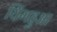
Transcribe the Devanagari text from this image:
यिंगहुआ